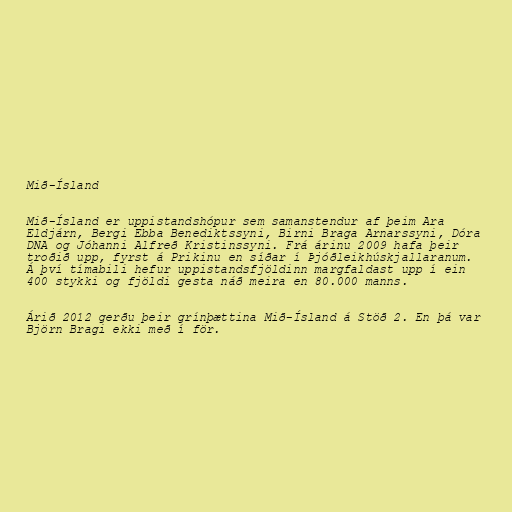
Mið-Ísland

Mið-Ísland er uppistandshópur sem samanstendur af þeim Ara
Eldjárn, Bergi Ebba Benediktssyni, Birni Braga Arnarssyni, Dóra
DNA og Jóhanni Alfreð Kristinssyni. Frá árinu 2009 hafa þeir
troðið upp, fyrst á Prikinu en síðar í Þjóðleikhúskjallaranum.
Á því tímabili hefur uppistandsfjöldinn margfaldast upp í ein
400 stykki og fjöldi gesta náð meira en 80.000 manns.

Árið 2012 gerðu þeir grínþættina Mið-Ísland á Stöð 2. En þá var
Björn Bragi ekki með í för.